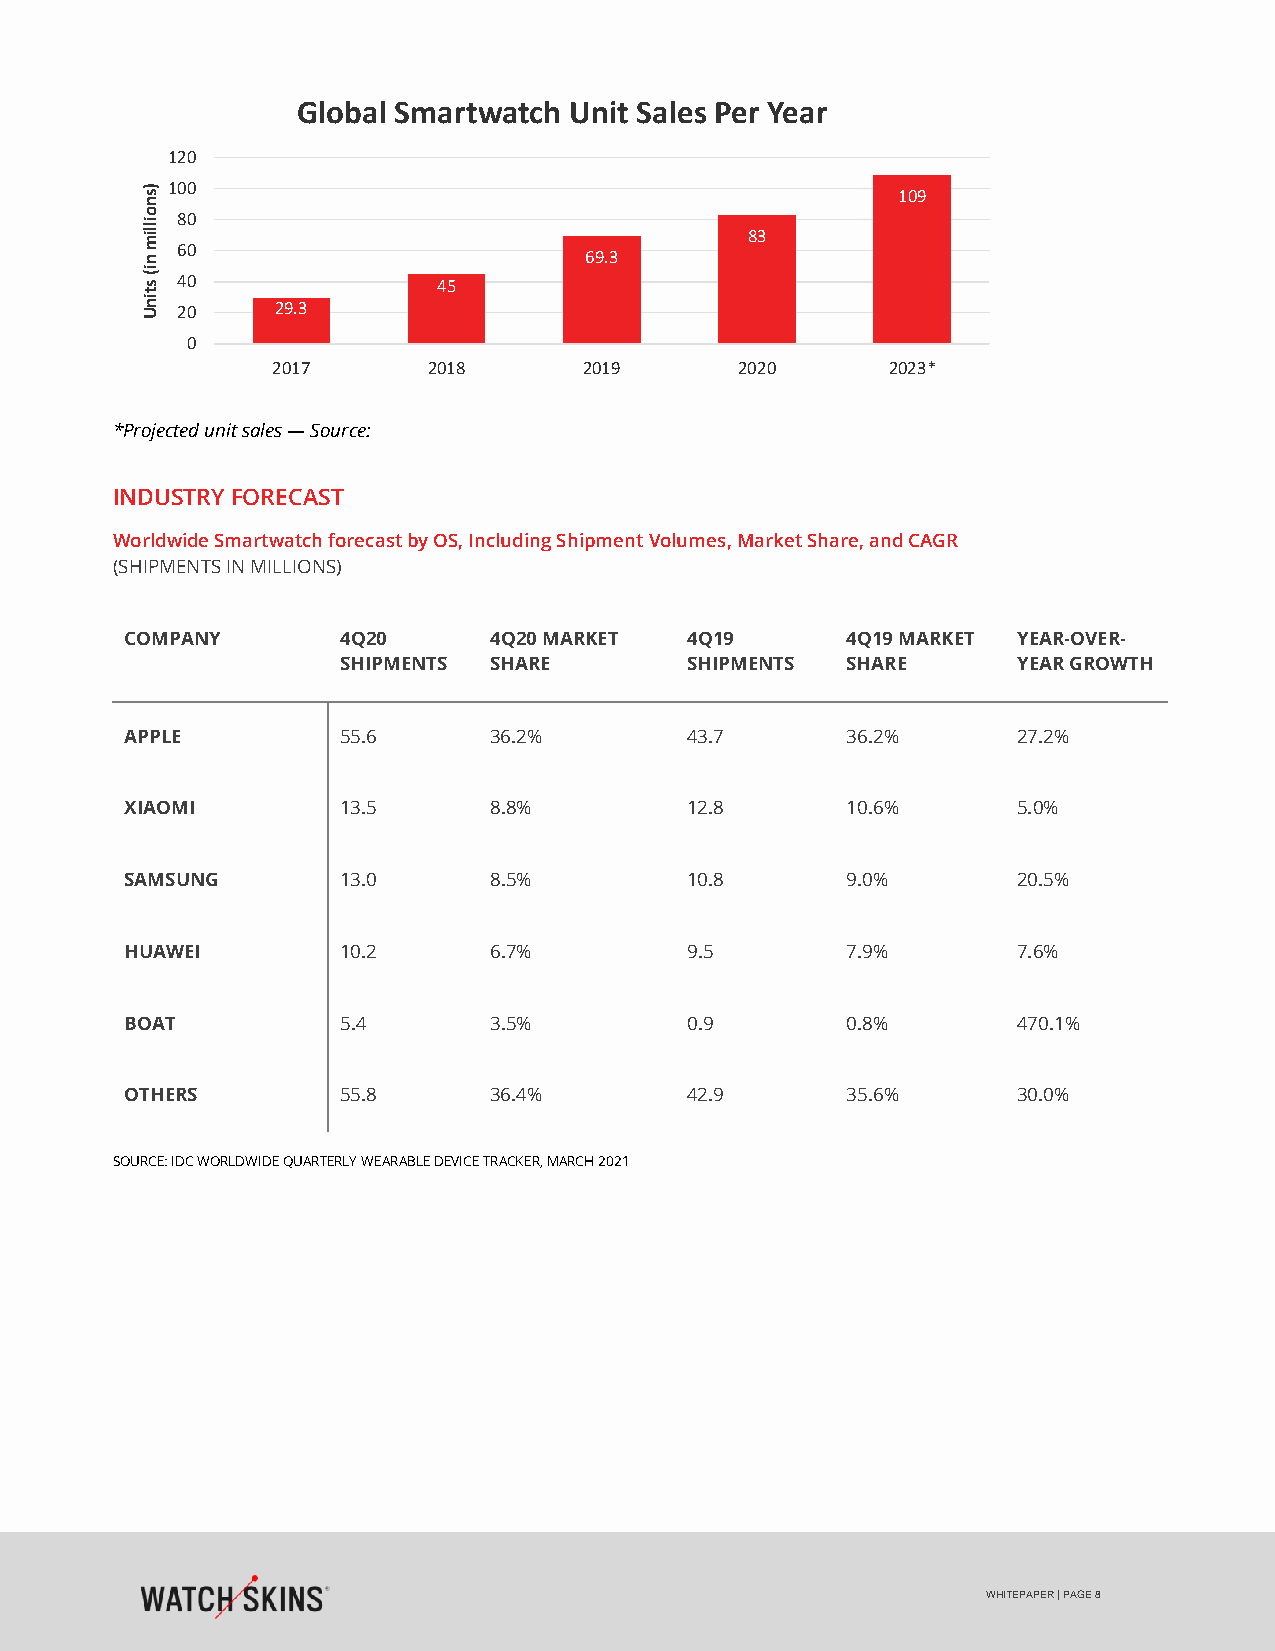
Global Smartwatch Unit Sales Per Year
 120
 )s 100                                            109
 n
 o illim 80
 83
 60
 n                             69.3
 i(
 s  40               45
 t
 in
 U  20    29.3
 0
 2017      2018       2019      2020      2023*
 *Projected unit sales — Source:
 INDUSTRY FORECAST
 Worldwide Smartwatch forecast by OS, Including Shipment Volumes, Market Share, and CAGR
 (SHIPMENTS IN MILLIONS)
 COMPANY       4Q20      4Q20 MARKET  4Q19       4Q19 MARKET YEAR-OVER-
 SHIPMENTS SHARE        SHIPMENTS  SHARE      YEAR GROWTH
 APPLE         55.6      36.2%        43.7       36.2%      27.2%
 XIAOMI        13.5      8.8%         12.8       10.6%      5.0%
 SAMSUNG       13.0      8.5%         10.8       9.0%       20.5%
 HUAWEI        10.2      6.7%         9.5        7.9%       7.6%
 BOAT          5.4       3.5%         0.9        0.8%       470.1%
 OTHERS        55.8      36.4%        42.9       35.6%      30.0%
 SOURCE: IDC WORLDWIDE QUARTERLY WEARABLE DEVICE TRACKER, MARCH 2021
 WHITEPAPER | PAGE 8